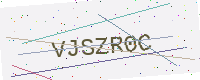
Text: VJSZR0C